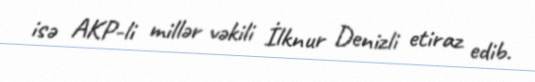
isə AKP-li millər vəkili İlknur Denizli etiraz edib.